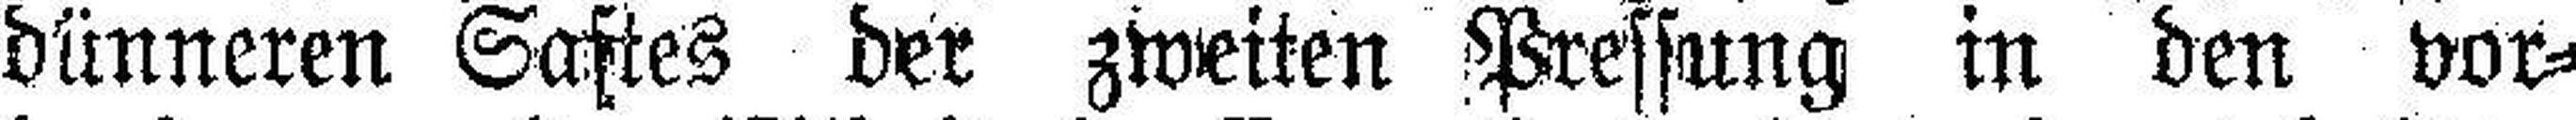
dünneren Saftes der zweiten Pressung in den vor¬